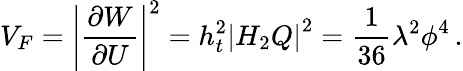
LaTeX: V_{F}=\left|{\frac{\partial W}{\partial U}}\right|^{2}=h_{t}^{2}\left|H_{2}Q\right|^{2}={\frac{1}{36}}\lambda^{2}\phi^{4}\, .